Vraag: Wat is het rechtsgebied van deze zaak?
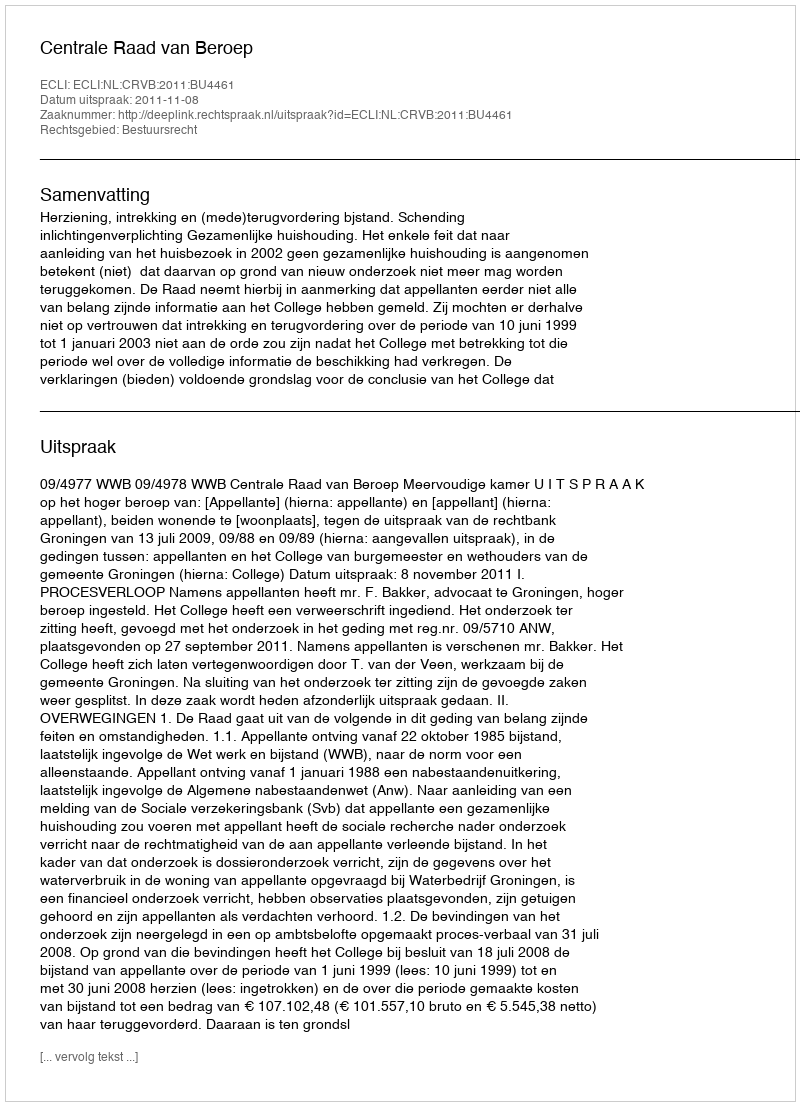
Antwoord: Bestuursrecht